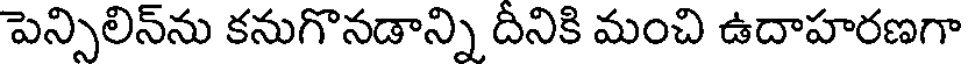
పెన్సిలిన్ను కనుగొనడాన్ని దీనికి మంచి ఉదాహరణగా